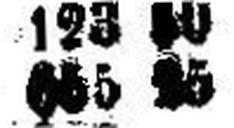
655 25